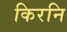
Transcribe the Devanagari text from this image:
किरनि